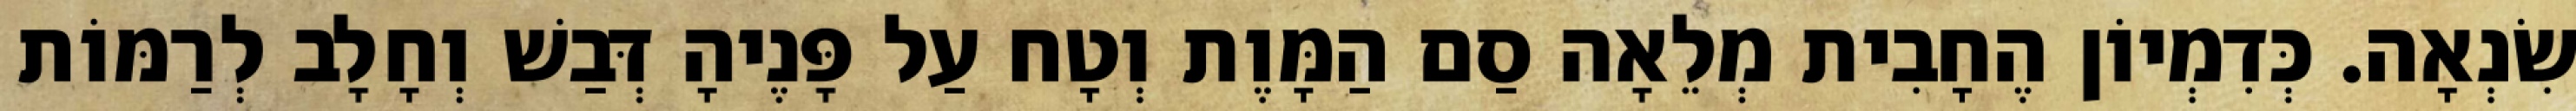
שִׂנְאָה. כְּדִמְיוֹן הֶחָבִית מְלֵאָה סַם הַמָּוֶת וְטָח עַל פָּנֶיהָ דְּבַשׁ וְחָלָב לְרַמּוֹת